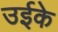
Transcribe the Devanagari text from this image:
उईके